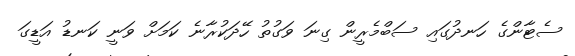
ސެޓާންގެ ހަނދުގައި ސަބްމެރީން ގިނަ ވަގުތު ހޭދަކުރާނެ ކަމަށް ވަނީ ކަނޑު އަޑީގަ